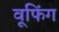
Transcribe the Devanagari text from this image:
वूफिंग